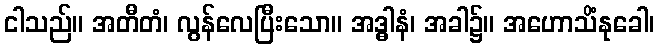
ငါသည်။ အတီတံ၊ လွန်လေပြီးသော။ အဒ္ဓါနံ၊ အခါ၌။ အဟောသိံနုခေါ၊